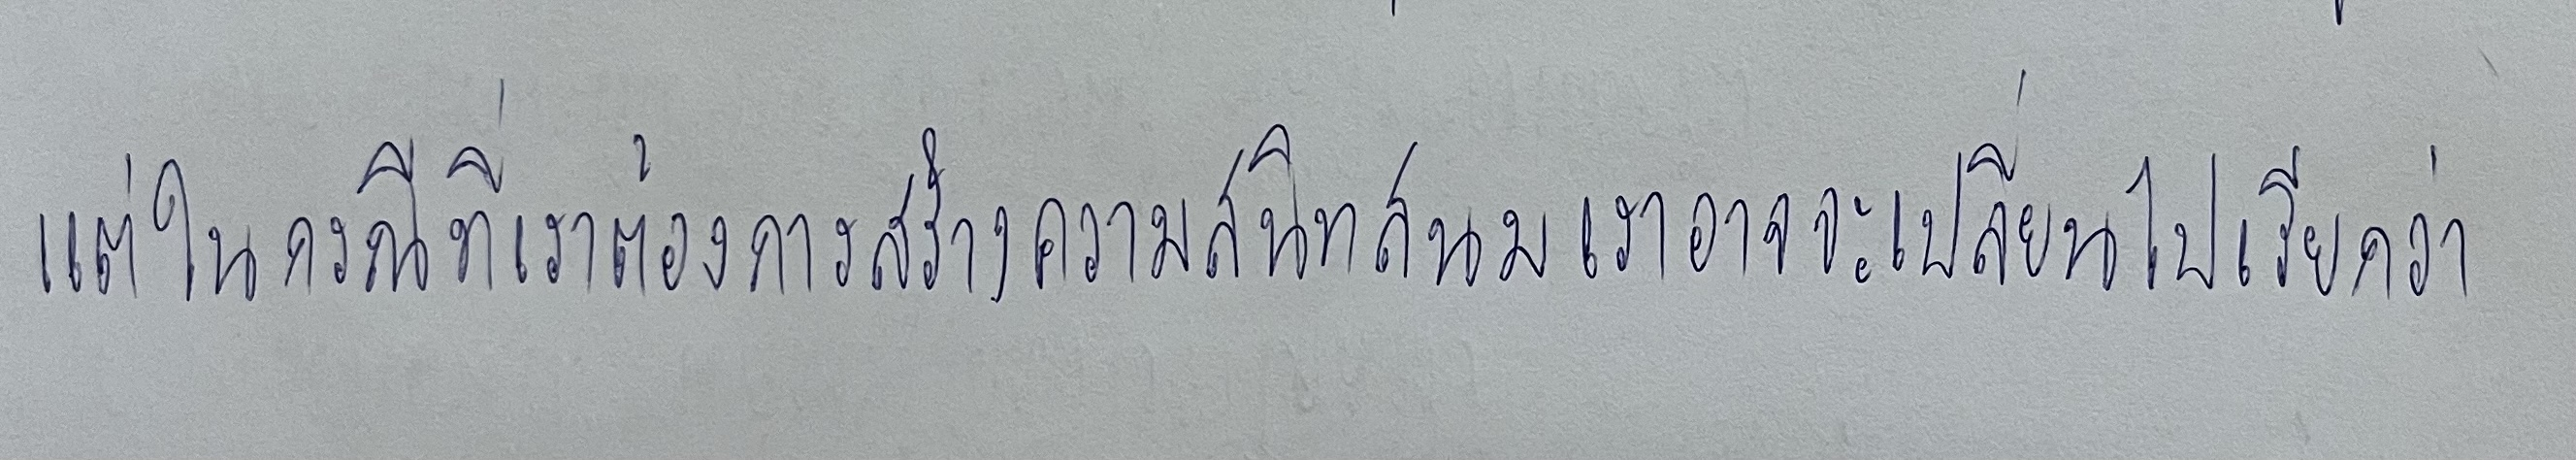
แต่ในกรณีที่เราต้องการสร้างความสนิทสนมเราอาจจะเปลี่ยนไปเรียกว่า